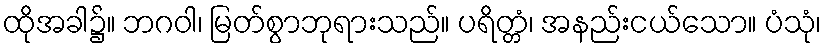
ထိုအခါ၌။ ဘဂဝါ၊ မြတ်စွာဘုရားသည်။ ပရိတ္တံ၊ အနည်းငယ်သော။ ပံသုံ၊